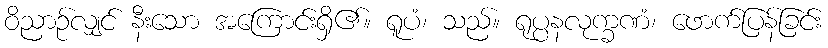
ဝိညာဉ်လျှင် နီးသော အကြောင်းရှိ၏။ ရူပံ၊ သည်။ ရုပ္ပနလုက္ခဏံ၊ ဖောက်ပြန်ခြင်း